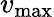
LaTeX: v_{\textrm{max}}